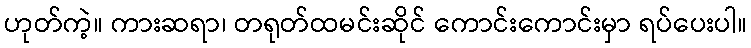
ဟုတ်ကဲ့။ ကားဆရာ၊ တရုတ်ထမင်းဆိုင် ကောင်းကောင်းမှာ ရပ်ပေးပါ။